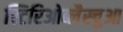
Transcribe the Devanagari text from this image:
स्टिरिओब्लैस्चुआ